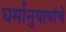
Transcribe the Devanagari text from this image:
धर्मानुयायांचे